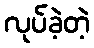
လုပ်ခဲ့တဲ့